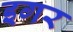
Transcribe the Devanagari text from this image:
इगर